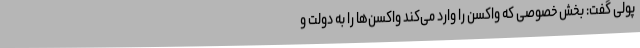
پولی گفت: بخش خصوصی که واکسن را وارد می‌کند واکسن‌ها را به دولت و